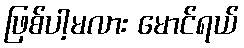
ဖြစ်ပါ့မလား မောင်ရယ်